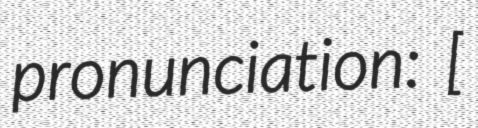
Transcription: pronunciation: [